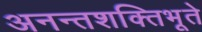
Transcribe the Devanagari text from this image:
अनन्तशक्तिभूते